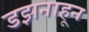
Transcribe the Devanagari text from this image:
डझनाहून